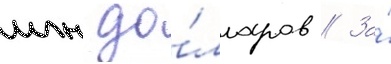
млн до́лларов // За́